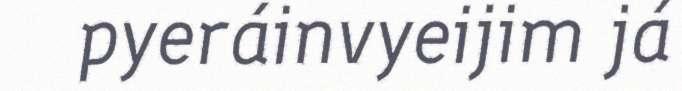
pyeráinvyeijim já